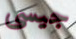
جيسى